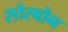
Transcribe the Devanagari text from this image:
सोरवोन